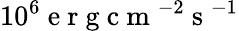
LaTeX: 10^{6}\mathrm{~e~r~g~c~m~}^{-2}\mathrm{~s~}^{-1}